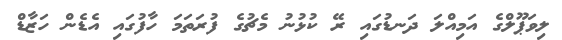
ލިވަޕޫލްގެ އަމިއްލަ ދަނޑުގައި ރޭ ކުޅުނު މެޗުގެ ފުރަތަމަ ހާފުގައި އެޑެން ހަޒާޑް